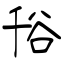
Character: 谸